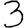
Digit: 3